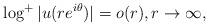
LaTeX: \begin{align*}\log^+ |u(r e^{i\theta})| = o(r), r\to \infty,\end{align*}